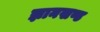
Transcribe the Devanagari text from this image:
ज्ञानखण्ड